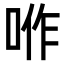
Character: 𠴚